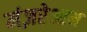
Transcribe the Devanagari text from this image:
मंज़रेआम